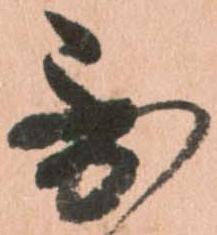
到